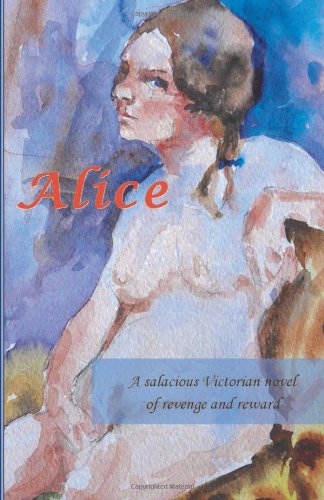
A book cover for Alice: A Salacious Victorian Novel of Revenge and Reward (Volume 1); unknown unknown unknown; Romance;